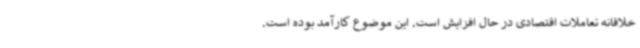
خلاقانه تعاملات اقتصادی در حال افزایش است. این موضوع کارآمد بوده است.